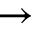
\rightarrow